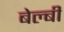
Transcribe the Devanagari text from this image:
बेल्बी